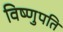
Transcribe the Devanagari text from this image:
विष्णुपति